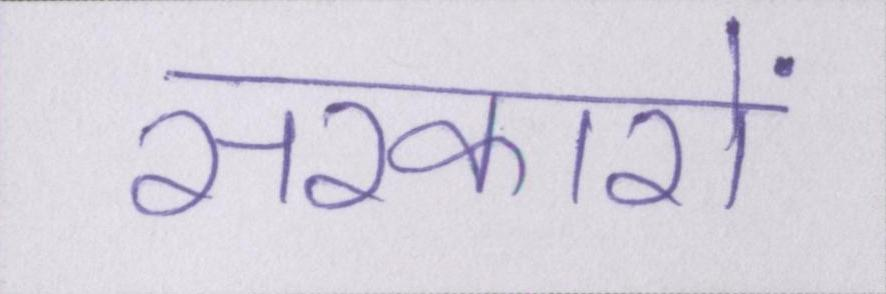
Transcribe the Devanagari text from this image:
सरकारों